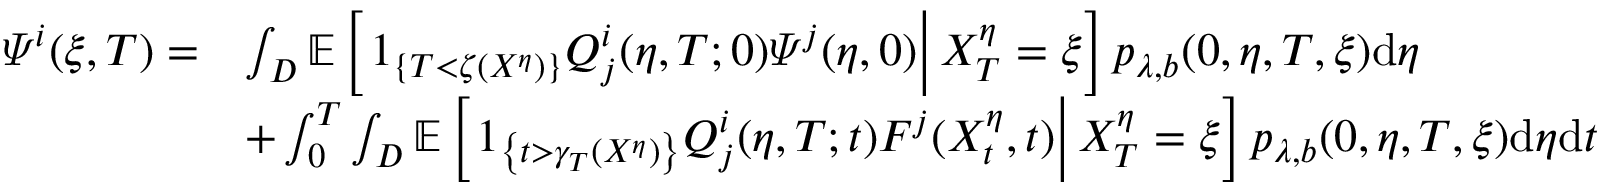
\begin{array} { r l } { \varPsi ^ { i } ( \xi , T ) = } & { \int _ { D } \mathbb { E } \left[ \left. 1 _ { \{ T < \zeta ( X ^ { \eta } ) \} } Q _ { j } ^ { i } ( \eta , T ; 0 ) \varPsi ^ { j } ( \eta , 0 ) \right| X _ { T } ^ { \eta } = \xi \right] p _ { \lambda , b } ( 0 , \eta , T , \xi ) \mathrm { d } \eta } \\ & { + \int _ { 0 } ^ { T } \int _ { D } \mathbb { E } \left[ \left. 1 _ { \left\{ t > \gamma _ { T } ( X ^ { \eta } ) \right\} } Q _ { j } ^ { i } ( \eta , T ; t ) F ^ { j } ( X _ { t } ^ { \eta } , t ) \right| X _ { T } ^ { \eta } = \xi \right] p _ { \lambda , b } ( 0 , \eta , T , \xi ) \mathrm { d } \eta \mathrm { d } t } \end{array}